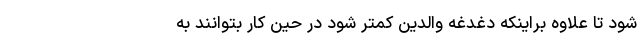
شود تا علاوه براینکه دغدغه والدین کمتر شود در حین کار بتوانند به